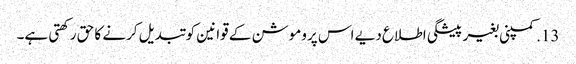
13. کمپنی بغیر پیشگی اطلاع دیے اس پروموشن کے قوانین کو تبدیل کرنے کا حق رکھتی ہے۔